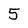
Character: 5